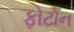
ફોટૉન